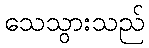
သေသွားသည်